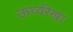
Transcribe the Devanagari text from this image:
ऊर्ध्वरेखा